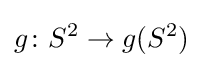
g\colon S^{2}\to g(S^{2})